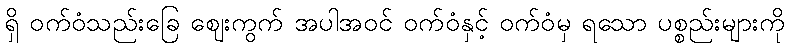
ရှိ ဝက်ဝံသည်းခြေ ဈေးကွက် အပါအဝင် ဝက်ဝံနှင့် ဝက်ဝံမှ ရသော ပစ္စည်းများကို